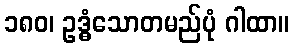
၁၈၀၊ ဥဒ္ဓံသောတမည်ပုံ ဂါထာ။